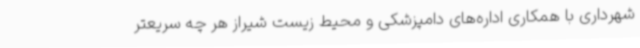
شهرداری با همکاری اداره‌های دامپزشکی و محیط زیست شیراز هر چه سریعتر